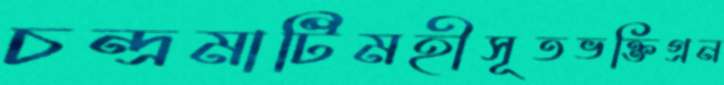
চন্দ্রমাটিমহীসূতভক্তিগ্রন